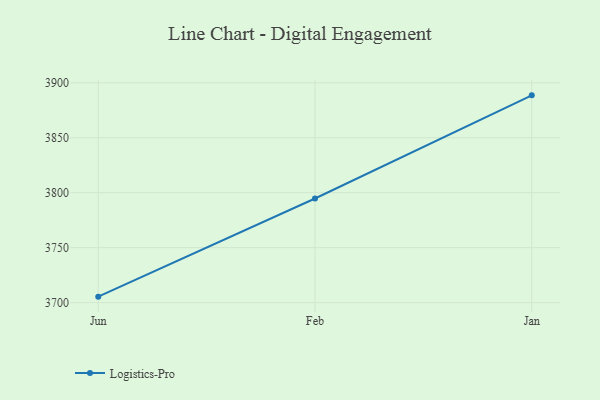
{"axis": {"x": "Month", "y": "Gross Profit (USD K)"}, "legend": ["Logistics-Pro"], "data": [{"x": "Jun", "y": 3705.4, "type": "Logistics-Pro"}, {"x": "Feb", "y": 3794.7, "type": "Logistics-Pro"}, {"x": "Jan", "y": 3888.6, "type": "Logistics-Pro"}]}